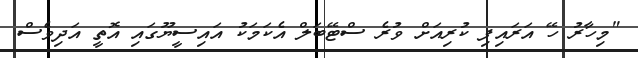
"މިހާރު ހޭ އަރައިފި ކުރިއަށް ވުރެ ސްޓޭބަލް އެކަމަކު އައިސީޔޫގައި އޮތީ އަދިވެސް